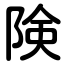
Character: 険